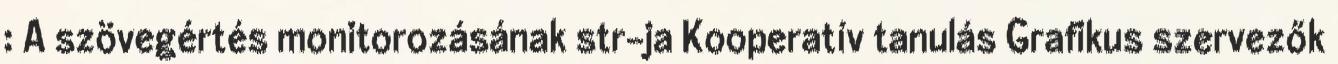
: A szövegértés monitorozásának str-ja Kooperatív tanulás Grafikus szervezők